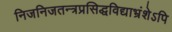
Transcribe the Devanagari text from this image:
निजनिजतन्त्रप्रसिद्धविद्याभ्रंशेऽपि